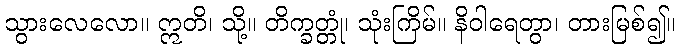
သွားလေလော။ ဣတိ၊ သို့။ တိက္ခတ္တုံ၊ သုံးကြိမ်။ နိဝါရေတွာ၊ တားမြစ်၍။